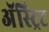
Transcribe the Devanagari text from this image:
अॅस्ट्रिट